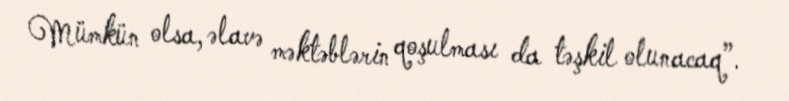
Mümkün olsa, əlavə məktəblərin qoşulması da təşkil olunacaq”.